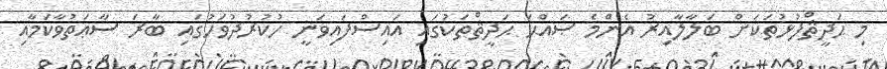
މި ޙަދީޘްފުޅުތަކަށް ބަލާލާއިރު އެންމެ ޞައްޙަ ޙަދީޘްތަކުގައި އައިސްފައިވަނީ ހުކުރުދުވަހުގައި ބާރަ ސާޢަތުވާކަމާއި